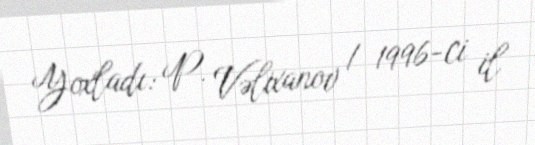
Yoxladı: P. Vəlixanov / 1996-ci il